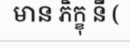
មាន ភិក្ខុ នី (